Indian journal of veterinary science and animal husbandry - Volumes 24-25, 1954-1955
Year: 1954
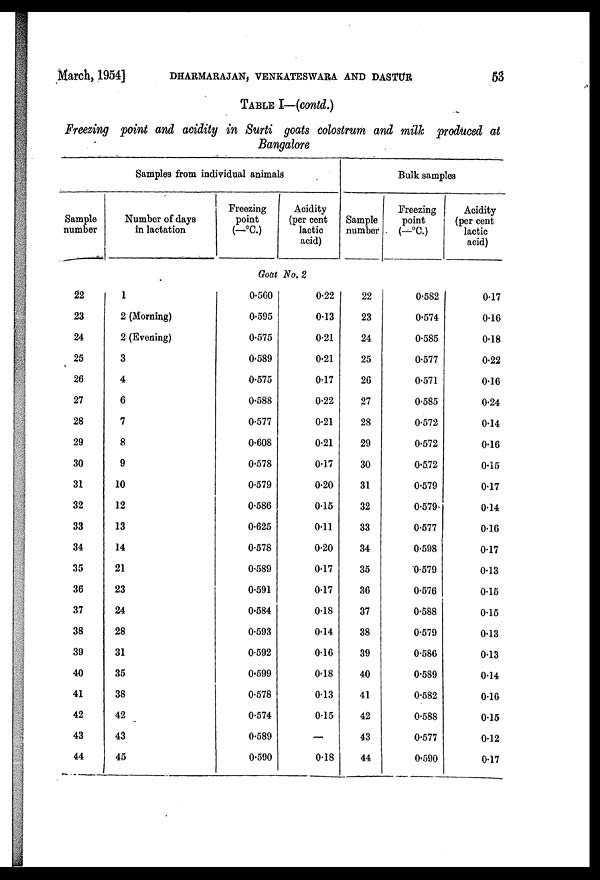
March, 1954] DEARMARAJAN, VENKATESWARA AND DASTUR 53
TABLE I—(contd.)
Freezing point and acidity in Surti goats colostrum and milk produced at
Bangalore
Sample
number
22
23
24
25
26
27
28
29
30
31
32
33
34
35
36
37
38
39
40
41
42
43
44
Samples from individual animals
Number of days
in lactation
1
2 (Morning)
2 (Evening)
3
4
6
7
8
9
10
12
13
14
21
23
24
28
31
35
38
42
43
45
Freezing
point
(-°C)
Acidity
(per cent
lactic
acid)
Goat No. 2
0.560
0.595
0.575
0.589
0.575
0.588
0.577
0.608
0.578
0.579
0.586
0.625
0.578
0.589
0.591
0.584
0.593
0.592
0.599
0.578
0.574
0.589
0.590
0.22
0.13
0.21
0.21
0.17
0.22
0.21
0.21
0.17
0.20
0.15
0.11
0.20
0.17
0.17
0.18
0.14
0.16
0.18
0.13
0.15
—
0.18
Sample
number
22
23
24
25
26
27
28
29
30
31
32
33
34
35
36
37
38
39
40
41
42
43
44
Bulk samples
Freezing
point
(-°C)
0.582
0.574
0.585
0.577
0.571
0.585
0.572
0.572
0.572
0.579
0.579
0.577
0.598
0.579
0.576
0.588
0.579
0.586
0.589
0.582
0.588
0.577
0.590
Acidity
(per cent
lactic
acid)
0.17
0.16
0.18
0.22
0.16
0.24
0.14
0.16
0.15
0.17
0.14
0.16
0.17
0.13
0.15
0.15
0.13
0.13
0.14
0.16
0.15
0.12
0.17